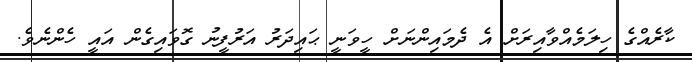
ކާރެއްގެ ހިލަމެއްވާއިރަށް އެ ދެމައިންނަށް ހީވަނީ ޙައިދަރު އަރުފީނު ގޮވައިގެން އައީ ހެންނެވެ.